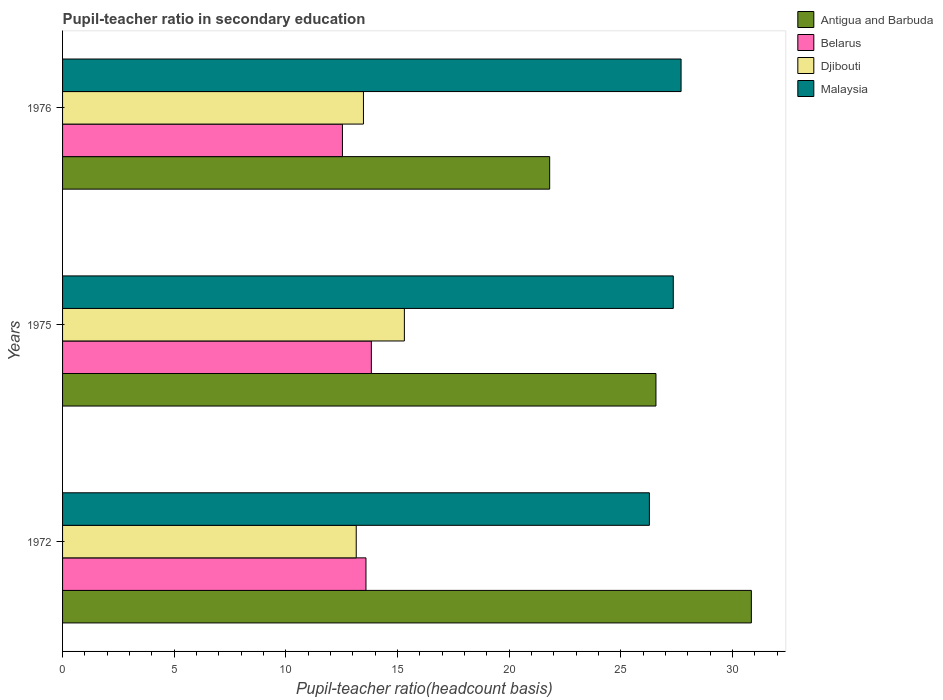
| Years | Antigua and Barbuda | Belarus | Djibouti | Malaysia |
 | --- | --- | --- | --- | --- |
 | 1972 | 30.8 | 13.6 | 13.2 | 26.3 |
 | 1975 | 26.6 | 13.8 | 15.3 | 27.3 |
 | 1976 | 21.8 | 12.5 | 13.5 | 27.7 |